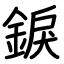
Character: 錑